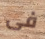
فى